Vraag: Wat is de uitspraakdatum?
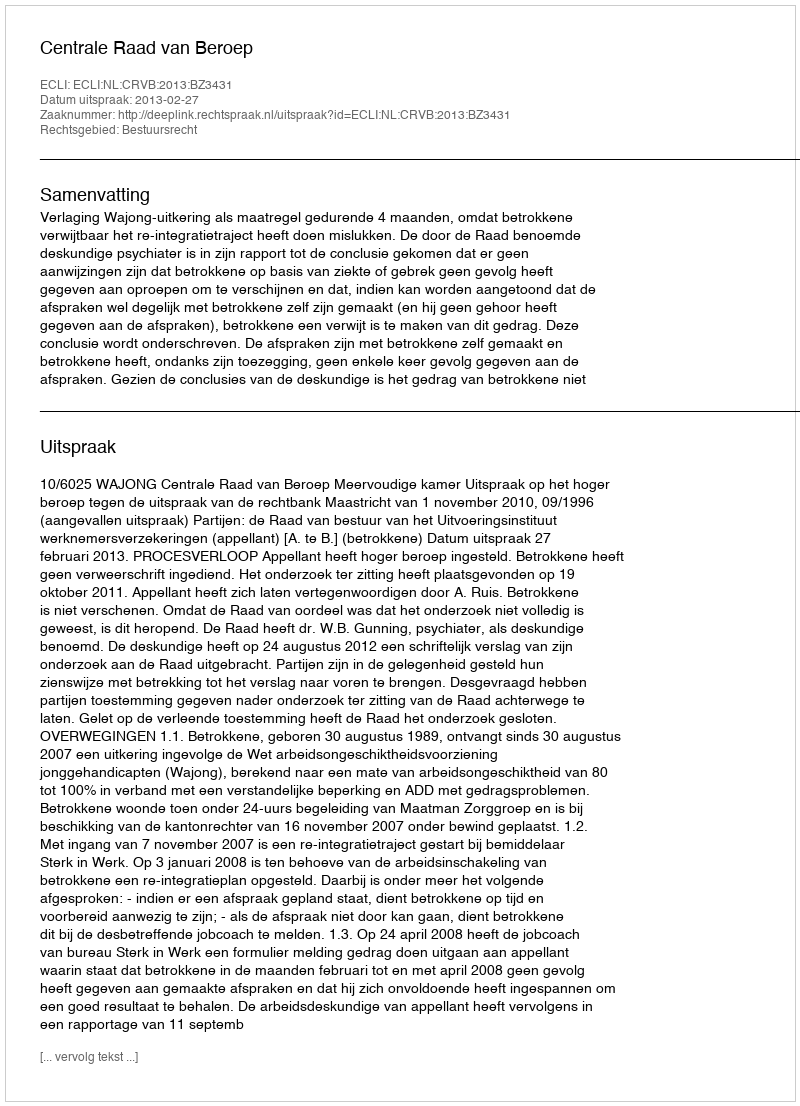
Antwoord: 2013-02-27